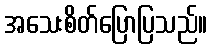
အသေးစိတ်ပြောပြသည်။